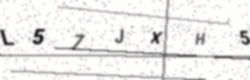
Text: L57JXH5